Annual report on the working of the mental hospitals in the Madras Presidency - 1912-1932
Year: 1912
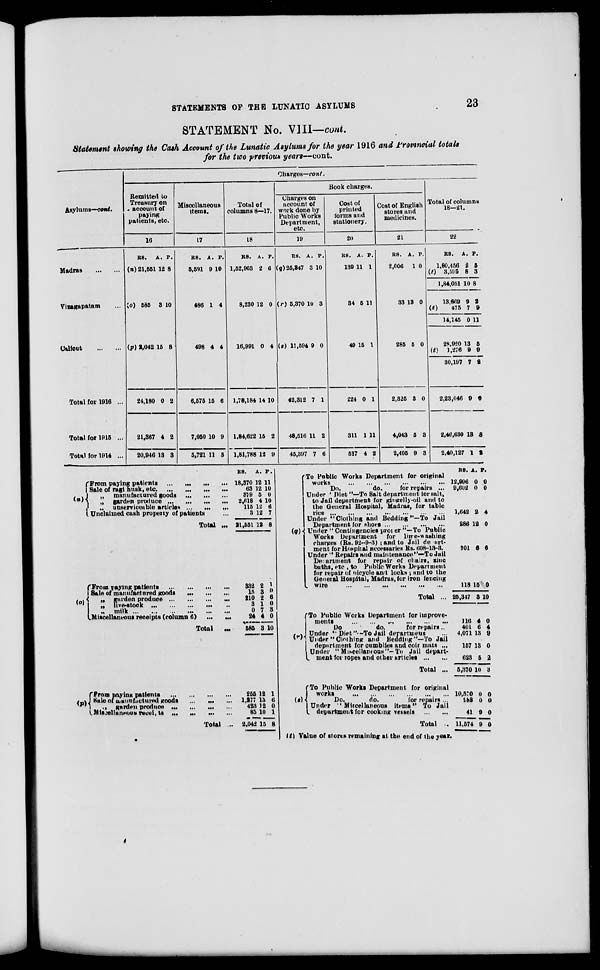
STATEMENTS OF THE LUNATIC ASYLUMS
23
STATEMENT No. VIII—cont.
Statement showing the Cash Account of the Lunatic Asylums for the year 1916 and Provincial totals
for the two previous years—cont.
Asylums—cont.
Madras
...
...
Vizagapatam ...
Calicut
...
...
Total for 1916 ...
Total for 1915 ...
Total for 1914 ...
Charges—cont.
Remitted to
Treasury on
account of
paying
patients, etc.
16
RS.
(n) 21,551
(o) 585
(p) 2,042
24,180
21,367
20,946
A.
12
3
15
0
4
13
P.
8
10
8
2
2
3
Miscellaneous
items.
17
RS.
5,591
486
498
6,575
7,050
5,721
A.
9
1
4
15
10
11
P.
10
4
4
6
9
3
Total of
columns 8—17.
18
RS.
1,52,963
8,230
16,991
1,78,184
1,84,622
1,81,788
A.
2
12
0
14
15
12
P.
6
0
4
10
2
9
Book charges.
Charges on
account of
work done by
Public Works
Department,
etc.
19
RS.
(q)25,347
(r) 5,370
(s) 11,594
42,312
48,516
45,397
A.
3
10
9
7
11
7
P.
10
3
0
1
2
6
Cost of
printed
forms and
stationery.
20
RS.
139
34
49
224
311
517
A.
11
5
15
0
1
4
P.
1
11
1
1
11
2
Cost of English
stores and
medicines.
21
RS.
2,006
33
285
2,325
4,043
2,405
A.
1
13
5
3
5
9
P.
0
0
0
0
3
3
Total of columns
18—21.
22
RS.
1,80,456
(t)
3,595
1,84,051
13,669
(t)
475
14,145
28,920
(t)
1,276
30,197
2,23,046
2,46,630
2,40,127
A.
2
8
10
9
7
0
13
9
7
9
13
1
P.
5
3
8
2
9
11
5
9
2
0
8
2
(n) From paying patients ... ... ... ...
Sale of ragi husk, etc.
...
...
...
...
„
manufactured goods
...
...
...
„
garden produce
...
...
...
„
unserviceable articles
...
...
...
Unclaimed cash property of patients
...
Total ...
(o)
From paying patients
...
...
...
...
Sale of manufactured goods
...
...
...
„
garden produce ... ... ... ...
„
live-stock
...
...
...
...
...
„
milk
...
...
...
...
...
...
Miscellaneous receipts (column 6)
...
...
Total
...
(p)
From paying patients
...
...
...
...
Sale of manufactured goods
...
...
...
„ garden
produce ... ... ... ...
Miscellaneous receipts
...
...
...
...
Total ...
RS.
18,370
63
379
2,618
115
3
21,551
332
15
210
3
0
24
585
255
1,277
423
85
2,042
A.
12
12
5
4
12
12
12
2
3
2
1
7
4
3
12
13
12
10
15
P.
11
10
0
10
6
7
8
1
0
6
0
3
0
10
1
6
0
1
8
(q)
To Public Works Department for original
works
...
...
...
...
...
...
Do.
do.
for repairs ...
Under "Diet "—To Salt department for salt,
to Jail department for gingelly-oil and to
the General Hospital, Madras, for table
rice
...
...
...
...
...
...
...
Under "Clothing and Bedding"—To Jail
Department for shoes
...
...
...
...
Under "Contingencies proper"—To Public
Works Department
for
lime-washing
charges (Rs. 92-9-3) ; and to Jail depart-
ment for Hospital necessaries Rs. 608-13-3.
Under " Repairs and maintenance"—To Jail
Department for repair of chairs, zinc
baths, etc., to Public Works Department
for repair of bicycle and locks ; and to the
General Hospital, Madras, for iron fencing
wire
...
...
...
...
...
...
Total ...
(r)
To Public Works Department for improve-
ments
...
...
...
...
...
...
Do
do.
for repairs ...
Under "Diet".—To Jail department ...
Under "Clothing and Bedding"—To Jail
department for cumblies and coir mats ...
Under "Miscellaneous"—To Jail depart-
ment for ropes and other articles ... ...
Total ...
(s)
To Public Works Department for original
works
...
...
... ... ... ...
Do.
do.
for repairs ...
Under "Miscellaneous items" To Jail
department for cooking vessels
...
...
Total ...
(t) Value of stores remaining at the end of the year.
RS.
12,996
9,602
1,642
286
701
118
25,347
116
401
4,071
157
623
5,370
10,570
983
41
11,574
A.
0
0
2
12
6
15
P.
0
0
4
0
6
0
3 10
4
6
13
13
5
10
0
0
9
9
0
4
9
0
2
3
0
0
0
0